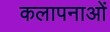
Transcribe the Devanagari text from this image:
कलापनाओं